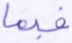
فبما